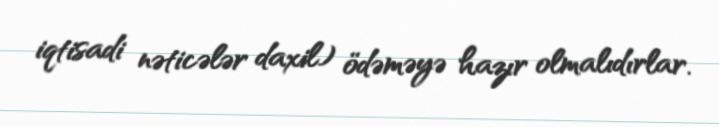
iqtisadi nəticələr daxil) ödəməyə hazır olmalıdırlar.